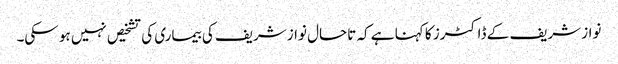
نواز شریف کے ڈاکٹرز کا کہنا ہے کہ تاحال نواز شریف کی بیماری کی تشخیص نہیں ہو سکی۔